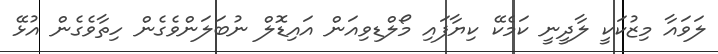
ލަވައާ މިޒުކަކީ ލާދީނީ ކަމެކޭ ކިޔާފައި މޯލްޑިވިއަން އައިޑޮލް ނުބަލަންވެގެން ހިތާވެގެން އުޅޭ